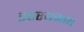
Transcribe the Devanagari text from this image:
रहस्यमाय